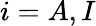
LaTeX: i=A,I